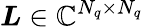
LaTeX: \boldsymbol{L}\in\mathbb{C}^{N_{q}\times N_{q}}